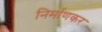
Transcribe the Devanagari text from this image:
निर्माणकर